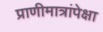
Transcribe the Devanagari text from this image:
प्राणीमात्रांपेक्षा